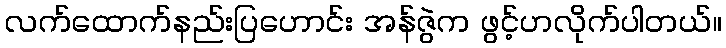
လက်ထောက်နည်းပြဟောင်း အန်ဇွဲက ဖွင့်ဟလိုက်ပါတယ်။